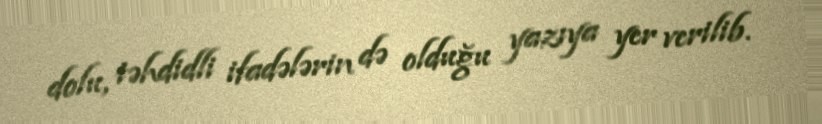
dolu, təhdidli ifadələrin də olduğu yazıya yer verilib.